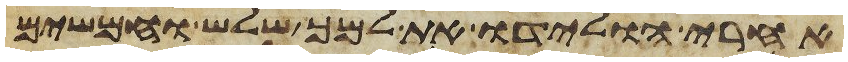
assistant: אחרי הולידו את למך שלש וחמשים